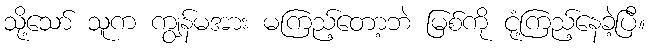
သို့သော် သူက ကျွန်မအား မကြည့်တော့ဘဲ မြစ်ကို ငုံ့ကြည့်နေခဲ့ပြီ။